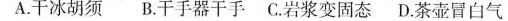
A.干冰胡须 B.干手器干手 C.岩浆变固态D.茶壶冒白气